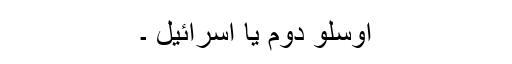
اوسلو دوم یا اسرائیل ۔